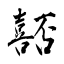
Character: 嚭